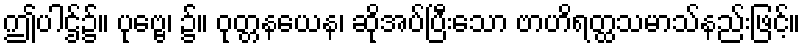
ဤပါဌ်၌။ ပုဗ္ဗေ၊ ၌။ ဝုတ္တနယေန၊ ဆိုအပ်ပြီးသော ဗာဟိရတ္ထသမာသ်နည်းဖြင့်။